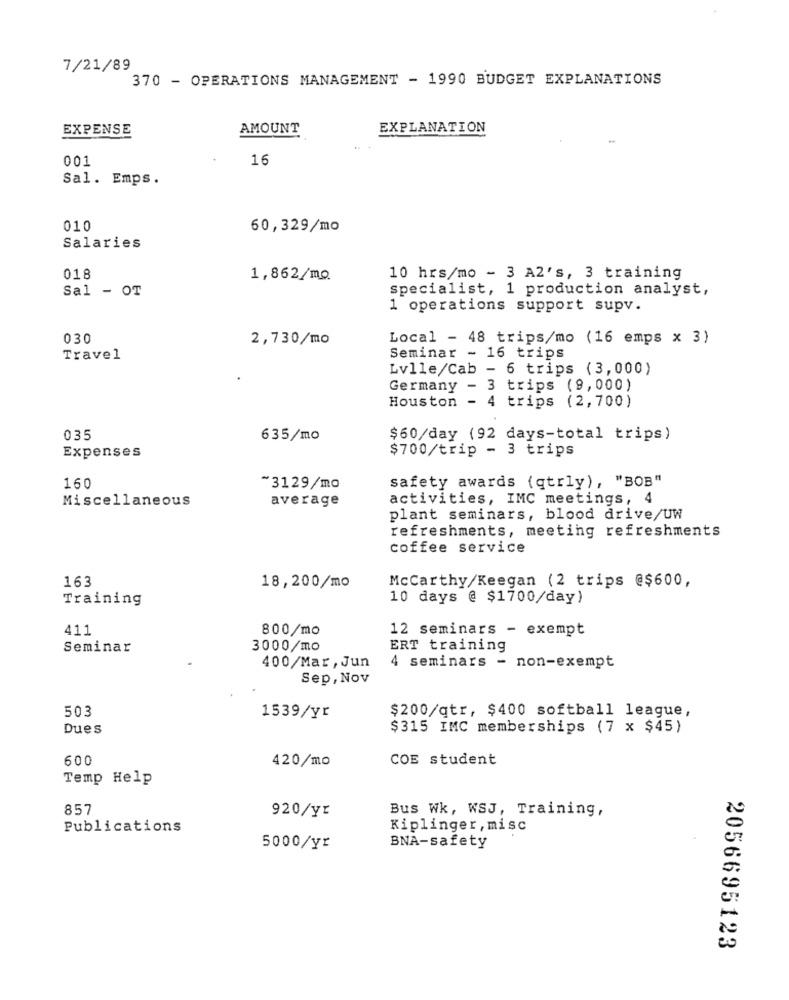
7/21/89
370 - OPERATIONS MANAGEMENT - 1990 BUDGET EXPLANATIONS
EXPENSE
AMOUNT
EXPLANATION
001
16
Sal. Emps.
010
60,329/mo
Salaries
018
1,862/mo.
10 hrs/mo - 3 A2's, 3 training
Sal - OT
specialist, 1 production analyst,
1 operations support supv.
030
2,730/mo
Local - 48 trips/mo (16 emps x 3)
Travel
Seminar - 16 trips
Lvlle/Cab - 6 trips (3,000)
Germany - 3 trips (9,000)
Houston - 4 trips (2, 700)
035
635/mo
$60/day (92 days-total trips)
Expenses
$700/trip - 3 trips
safety awards (qtrly), "BOB"
160
~3129/mo
Miscellaneous
activities, IMC meetings, 4
average
plant seminars, blood drive/UW
refreshments, meeting refreshments
coffee service
163
18,200/mo
Mccarthy/Keegan (2 trips @$600,
Training
10 days @ $1700/day)
411
800/mo
12 seminars - exempt
Seminar
3000/mo
ERT training
4 seminars - non-exempt
400/Mar, Jun
Sep, Nov
503
$200/qtr, $400 softball league,
1539/yr
Dues
$315 IMC memberships (7 x $45)
600
420/mo
COE student
Temp Help
857
Bus Wk, WSJ, Training,
920/yr
Publications
Kiplinger, misc
5000/yr
BNA-safety
2056695123